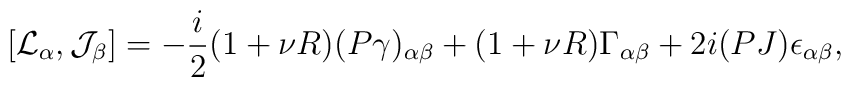
[{\cal L}_\alpha,{\cal J}_\beta]=-\frac{i}{2}(1+\nu R)(P\gamma)_{\alpha\beta}+(1+\nu R)\Gamma_{\alpha\beta}+2i(PJ)\epsilon_{\alpha\beta},